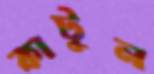
কাটুন